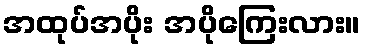
အထုပ်အပိုး အပိုကြေးလား။